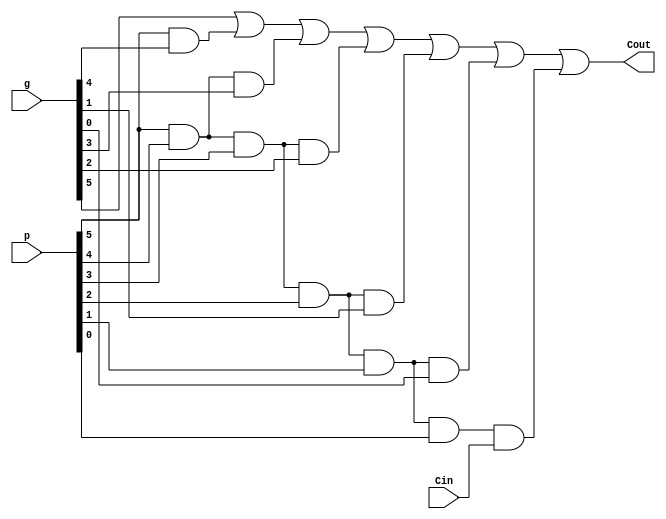
module Carry_Block_6(
    output Cout,
    input [5:0] p,
    input [5:0] g,
    input Cin
    );

assign Cout = g[5] | (p[5]&g[4]) | (p[5]&p[4]&g[3])| (p[5]&p[4]&p[3]&g[2]) | (p[5]&p[4]&p[3]&p[2]&g[1]) | (p[5]&p[4]&p[3]&p[2]&p[1]&g[0]) |
(p[5]&p[4]&p[3]&p[2]&p[1]&p[0]&Cin);
endmodule